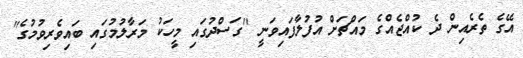
އޭގެ ތެރެއިން ދެ ކުއްޖެއްގެ މައްޗަށް އުފުލާފައިވަނީ ''ގަސްދުގައި މީހަކު މަރާލުމުގައި ބައިވެރިވުމުގެ''